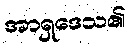
အာရှဒေသ၏